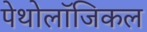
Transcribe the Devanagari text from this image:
पेथोलॉजिकल